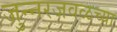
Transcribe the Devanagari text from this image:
जुन्‍नरजवळच्या